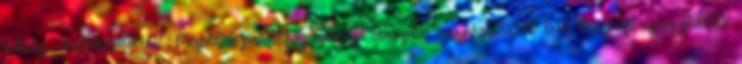
költsége ▪Vállalkozások60% ▪Megoldási javaslathoz szükséges támogatás nagysága20000 EUR▪Non-profit szervezetek100%